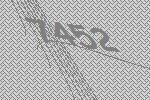
7452